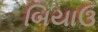
બિયાઉ